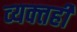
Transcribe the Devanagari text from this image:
व्‍यक्‍तही